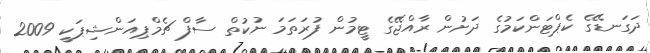
ދަގަނޑޭގެ ކެޕްޓަންކަމުގެ ދަށުން ރާއްޖޭގެ ޓީމުން ފުރަތަމަ ނުކުތް ސާފް ޗެމްޕިއަންޝިޕަކީ 2009